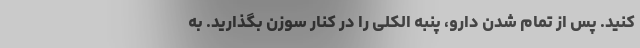
کنید. پس از تمام شدن دارو، پنبه الکلی را در کنار سوزن بگذارید. به